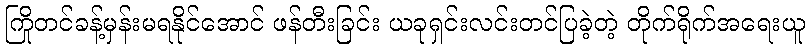
ကြိုတင်ခန့်မှန်းမရနိုင်အောင် ဖန်တီးခြင်း ယခုရှင်းလင်းတင်ပြခဲ့တဲ့ တိုက်ရိုက်အရေးယူ